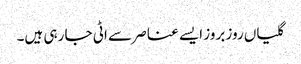
گلیاں روز بروز ایسے عناصر سے اٹی جا رہی ہیں۔